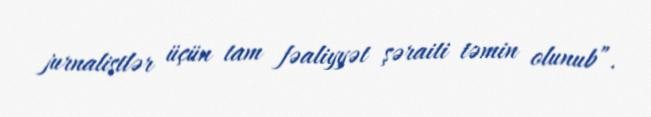
jurnalistlər üçün tam fəaliyyət şəraiti təmin olunub”.